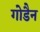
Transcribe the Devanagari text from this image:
गोडैन